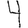
Digit: 4